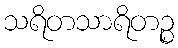
သရိတသာရိတဉ္စ